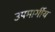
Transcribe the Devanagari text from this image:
उपमार्गीय